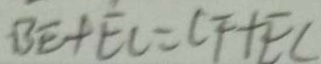
B E + E C = C F + E C